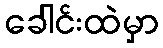
ခေါင်းထဲမှာ